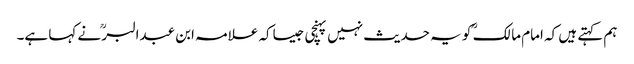
ہم کہتے ہیں کہ امام مالک ؒ کو یہ حدیث نہیں پہنچی جیساکہ علامہ ابن عبدالبرؒ نے کہا ہے۔